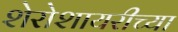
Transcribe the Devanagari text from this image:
शेरोशायरीच्या